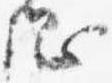
綱